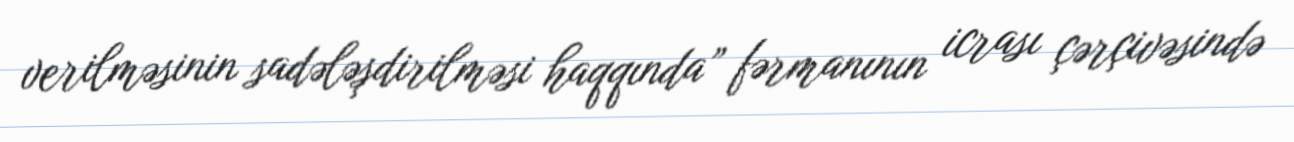
verilməsinin sadələşdirilməsi haqqında” fərmanının icrası çərçivəsində